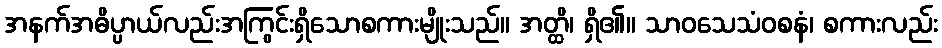
အနက်အဓိပ္ပာယ်လည်းအကြွင်းရှိသောစကားမျိုးသည်။ အတ္ထိ၊ ရှိ၏။ သာဝသေသံဝစနံ၊ စကားလည်း